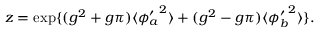
z = \exp \{ ( g ^ { 2 } + g \pi ) \langle { \phi _ { a } ^ { \prime } } ^ { 2 } \rangle + ( g ^ { 2 } - g \pi ) \langle { \phi _ { b } ^ { \prime } } ^ { 2 } \rangle \} .